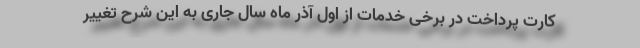
کارت پرداخت در برخی خدمات از اول آذر ماه سال جاری به این شرح تغییر